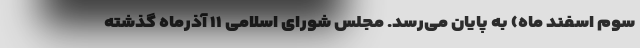
سوم اسفند ماه) به پایان می‌رسد. مجلس شورای اسلامی ۱۱ آذرماه گذشته